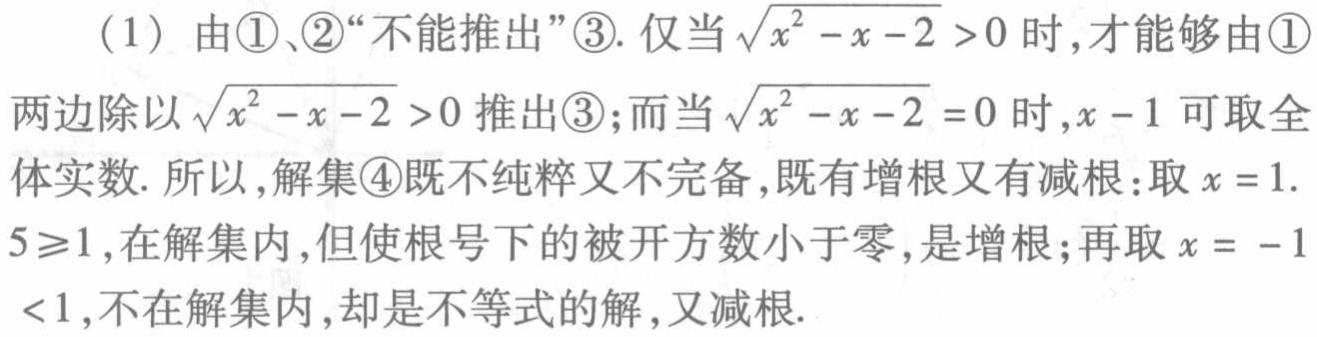
（1）由\textcircled{1}、\textcircled{2}“不能推出”\textcircled{3}. 仅当\(\sqrt{x^{2}-x - 2}>0\)时,才能够由\textcircled{1}两边除以\(\sqrt{x^{2}-x - 2}>0\)推出\textcircled{3}；而当\(\sqrt{x^{2}-x - 2}=0\)时,\(x - 1\)可取全体实数. 所以,解集\textcircled{4}既不纯粹又不完备,既有增根又有减根：取\(x = 1.5\geqslant1\),在解集内,但使根号下的被开方数小于零,是增根；再取\(x = - 1<1\),不在解集内,却是不等式的解,又减根.